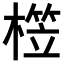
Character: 𣙫